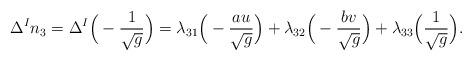
LaTeX: \begin{align*} \Delta ^{I}n_{3}=\Delta ^{I}\Big(-\frac{1}{\sqrt{g}}\Big)=\lambda _{31}\Big(-\frac{au}{\sqrt{g}}\Big)+\lambda _{32}\Big(-\frac{bv}{\sqrt{g}}\Big)+\lambda _{33}\Big(\frac{1}{\sqrt{g}}\Big).\end{align*}